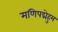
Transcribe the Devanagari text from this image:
मणिपद्मेहुम